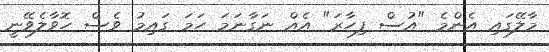
މާލޭގައި އެންމެ "އުސް ފިހާރަ" އެއް ނަގާނަމަ ހަމަ ގައިމު ވެސް ހޮވާލެވޭނީ